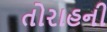
તોરાહની